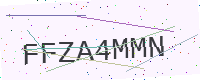
Text: FFZA4MMN